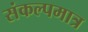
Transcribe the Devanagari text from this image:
संकल्पमात्र